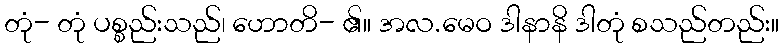
တုံ- တုံ ပစ္စည်းသည်၊ ဟောတိ- ၏။ အလ.မေဝ ဒါနာနိ ဒါတုံ စသည်တည်း။